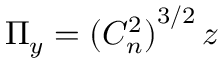
\Pi _ { y } = { ( C _ { n } ^ { 2 } ) } ^ { 3 / 2 } \, z